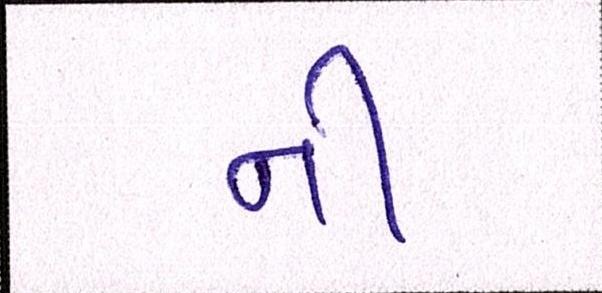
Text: નીં